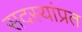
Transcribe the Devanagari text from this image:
सदस्यांप्रत